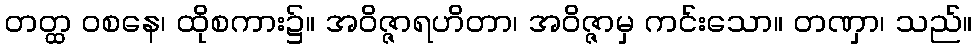
တတ္ထ ဝစနေ၊ ထိုစကား၌။ အဝိဇ္ဇာရဟိတာ၊ အဝိဇ္ဇာမှ ကင်းသော။ တဏှာ၊ သည်။